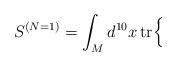
LaTeX: \begin{align*}S^{(N = 1)} = \int_M d^{10}x\, {\rm tr} \Bigr\{\end{align*}